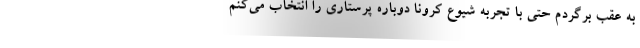
به عقب برگردم حتی با تجربه شیوع کرونا دوباره پرستاری را انتخاب می‌کنم